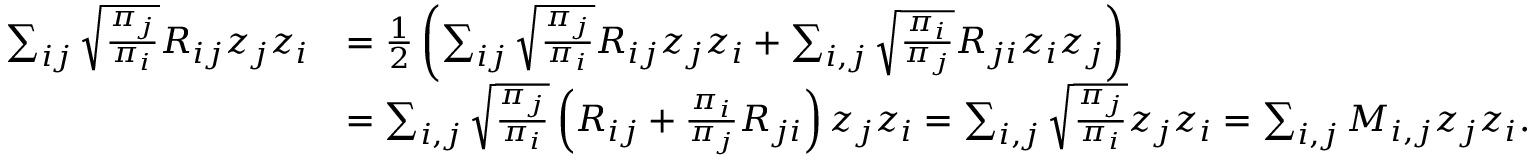
\begin{array} { r l } { \sum _ { i j } \sqrt { \frac { \pi _ { j } } { \pi _ { i } } } R _ { i j } z _ { j } z _ { i } } & { = \frac { 1 } { 2 } \left( \sum _ { i j } \sqrt { \frac { \pi _ { j } } { \pi _ { i } } } R _ { i j } z _ { j } z _ { i } + \sum _ { i , j } \sqrt { \frac { \pi _ { i } } { \pi _ { j } } } R _ { j i } z _ { i } z _ { j } \right) } \\ & { = \sum _ { i , j } \sqrt { \frac { \pi _ { j } } { \pi _ { i } } } \left( R _ { i j } + \frac { \pi _ { i } } { \pi _ { j } } R _ { j i } \right) z _ { j } z _ { i } = \sum _ { i , j } \sqrt { \frac { \pi _ { j } } { \pi _ { i } } } z _ { j } z _ { i } = \sum _ { i , j } M _ { i , j } z _ { j } z _ { i } . } \end{array}